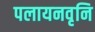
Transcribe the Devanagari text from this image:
पलायनवृनि